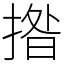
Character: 揝